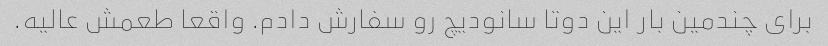
برای چندمین بار این دوتا سانودیچ رو سفارش دادم. واقعا طعمش عالیه.